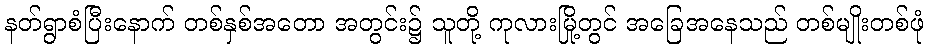
နတ်ရွာစံပြီးနောက် တစ်နှစ်အတော အတွင်း၌ သူတို့ ကုလားမြို့တွင် အခြေအနေသည် တစ်မျိုးတစ်ဖုံ